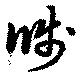
牋